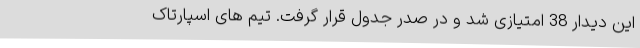
این دیدار 38 امتیازی شد و در صدر جدول قرار گرفت. تیم های اسپارتاک